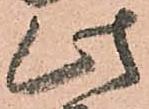
此